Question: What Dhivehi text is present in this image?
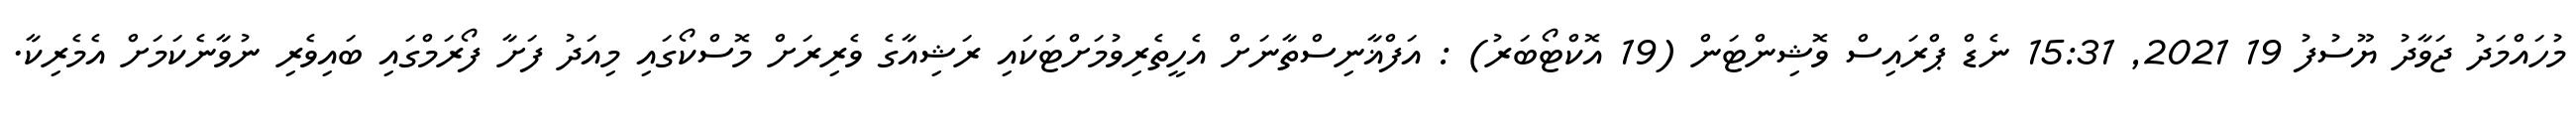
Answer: މުހައްމަދު ޖަވާދު ޔޫސުފު 19 2021, 15:31 ނެޑް ޕްރައިސް ވޮޝިންޓަން (19 އޮކްޓޯބަރު) : އަފްޣާނިސްތާނަށް އެހީތެރިވުމަށްޓަކައި ރަޝިއާގެ ވެރިރަށް މޮސްކޯގައި މިއަދު ފަށާ ފޯރަމްގައި ބައިވެރި ނުވާނެކަމަށް އެމެރިކާ.